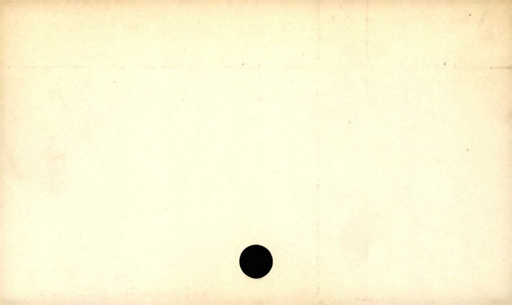
Label: blank